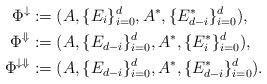
\begin{align*}\Phi^{\downarrow} &:= (A, \{E_i\}_{i=0}^d, A^*, \{E^*_{d-i}\}_{i=0}^d),\\\Phi^{\Downarrow} &:= (A, \{E_{d-i}\}_{i=0}^d, A^*, \{E^*_{i}\}_{i=0}^d),\\\Phi^{\downarrow\Downarrow} &:= (A, \{E_{d-i}\}_{i=0}^d, A^*, \{E^*_{d-i}\}_{i=0}^d).\end{align*}